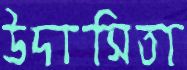
উদাসিতা